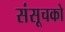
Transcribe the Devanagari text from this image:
संसूचको